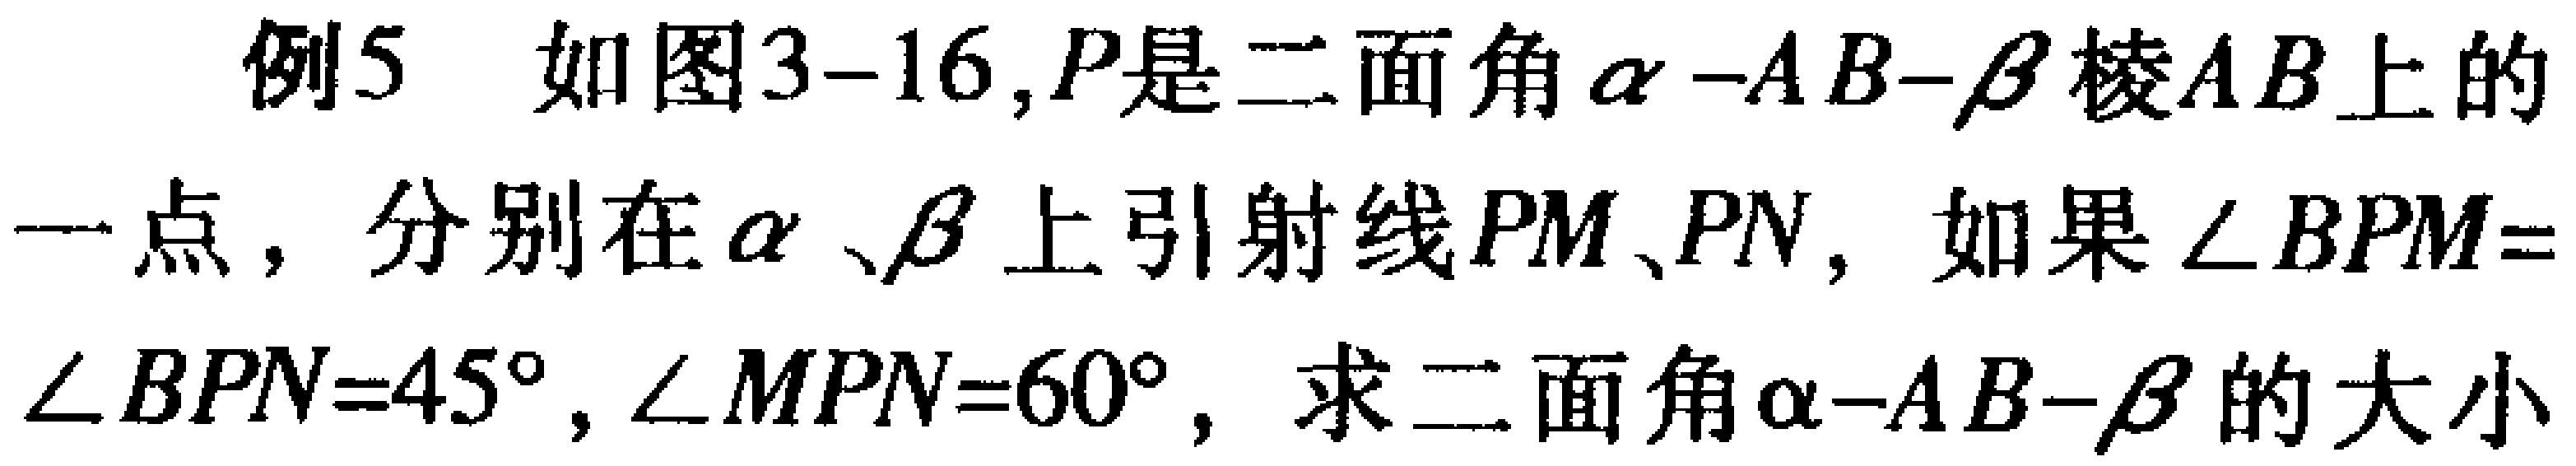
例5 如图3-16,$P$是二面角$\alpha -AB-\beta$棱$AB$上的一点，分别在$\alpha$、$\beta$上引射线$PM$、$PN$，如果$\angle BPM = \angle BPN = 45^{\circ},\angle MPN = 60^{\circ}$，求二面角$\alpha -AB-\beta$的大小